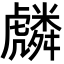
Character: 𮓯